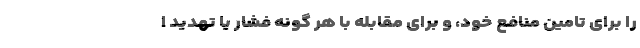
را برای تامین منافع خود، و برای مقابله با هر گونه فشار یا تهدید ا